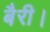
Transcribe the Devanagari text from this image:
बैरी।